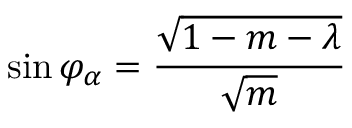
\sin \varphi _ { \alpha } = \frac { \sqrt { 1 - m - \lambda } } { \sqrt { m } }